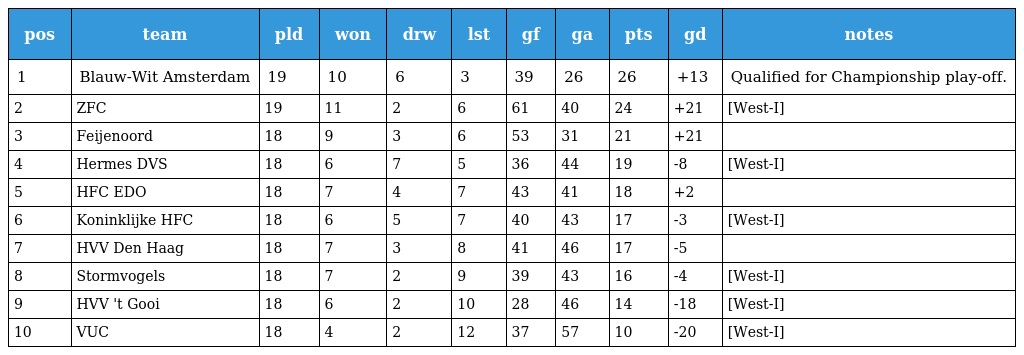
| pos | team | pld | won | drw | lst | gf | ga | pts | gd | notes |
 | --- | --- | --- | --- | --- | --- | --- | --- | --- | --- | --- |
 | 1 | Blauw-Wit Amsterdam | 19 | 10 | 6 | 3 | 39 | 26 | 26 | +13 | Qualified for Championship play-off. |
 | 2 | ZFC | 19 | 11 | 2 | 6 | 61 | 40 | 24 | +21 | [West-I] |
 | 3 | Feijenoord | 18 | 9 | 3 | 6 | 53 | 31 | 21 | +21 |  |
 | 4 | Hermes DVS | 18 | 6 | 7 | 5 | 36 | 44 | 19 | -8 | [West-I] |
 | 5 | HFC EDO | 18 | 7 | 4 | 7 | 43 | 41 | 18 | +2 |  |
 | 6 | Koninklijke HFC | 18 | 6 | 5 | 7 | 40 | 43 | 17 | -3 | [West-I] |
 | 7 | HVV Den Haag | 18 | 7 | 3 | 8 | 41 | 46 | 17 | -5 |  |
 | 8 | Stormvogels | 18 | 7 | 2 | 9 | 39 | 43 | 16 | -4 | [West-I] |
 | 9 | HVV 't Gooi | 18 | 6 | 2 | 10 | 28 | 46 | 14 | -18 | [West-I] |
 | 10 | VUC | 18 | 4 | 2 | 12 | 37 | 57 | 10 | -20 | [West-I] |